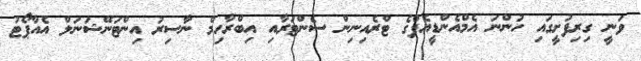
ވަނީ ގިރިފުށީގައި ހުންނަ އެމްއެންޑީއެފްގެ ޓްރެއިނިން ސެންޓަރާއި އިބްރާހިމް ނާސިރު އިންޓަނޭޝަނަލް އެއާޕޯޓު